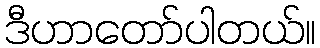
ဒီဟာတော်ပါတယ်။